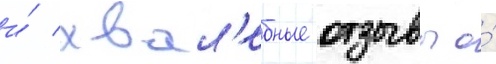
и́ хвал'ебные отзывы о́